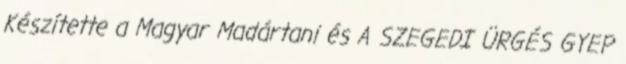
Készítette a Magyar Madártani és A SZEGEDI ÜRGÉS GYEP